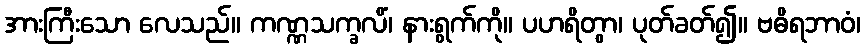
အားကြီးသော လေသည်။ ကဏ္ဏသက္ခလိံ၊ နားရွက်ကို။ ပဟရိတွာ၊ ပုတ်ခတ်၍။ ဗဓိရဘာဝံ၊